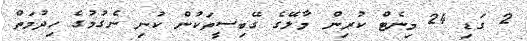
2 ގަޑި 24 މިނެޓް ކުރިން މާލޭގެ ގޭބިސީތަކުން ކުނި ނެގުމުގެ ހިދުމަތް